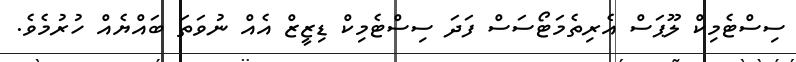
ސިސްޓެމިކް ލޫޕަސް އެރިތެމަޓޯސަސް ފަދަ ސިސްޓެމިކް ޑިޒީޒް އެއް ނުވަތަ ބައްޔެއް ހުރުމެވެ.